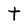
Character: t